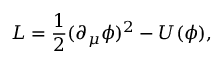
{ \cal { L } } = \frac { 1 } { 2 } ( \partial _ { \mu } \phi ) ^ { 2 } - U ( \phi ) ,